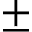
\pm